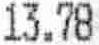
13.78